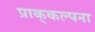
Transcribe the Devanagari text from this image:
प्राक्‌कल्पना